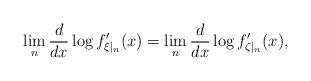
LaTeX: \begin{align*} \lim_n \frac{d}{dx} \log f_{\xi|_n} ' (x) = \lim_n \frac{d}{dx} \log f_{\zeta|_n} ' (x),\end{align*}